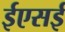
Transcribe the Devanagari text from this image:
ईएसई